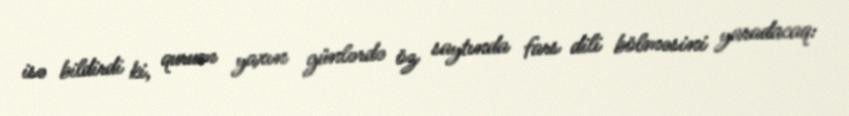
isə bildirdi ki, qurum yaxın günlərdə öz saytında fars dili bölməsini yaradacaq: